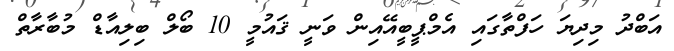
އަބްދު މިދިޔަ ހަފްތާގައި އެމްޕީބީއޭއިން ވަނީ ޤައުމީ 10 ބޯލް ބިލިއާޑް މުބާރާތް